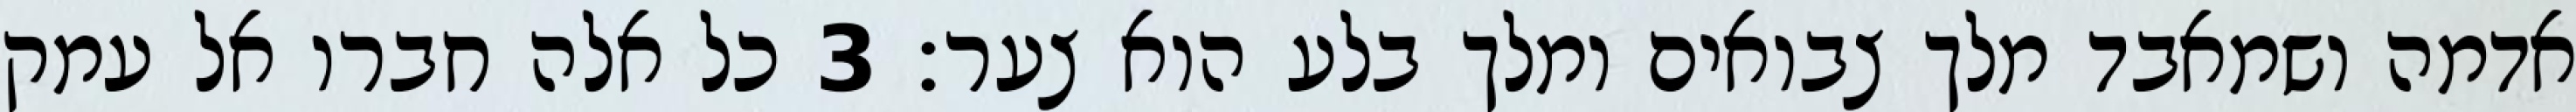
אדמה ושמאבד מלך צבואים ומלך בלע הוא צער׃ ‎3‏ כל אלה חברו אל עמק